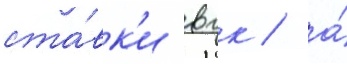
ста́вк'и вгк / а́